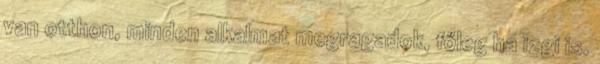
van otthon, minden alkalmat megragadok, főleg ha izgi is.